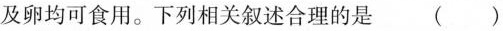
及卵均可食用。下列相关叙述合理的是 ( )